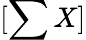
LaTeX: [\sum X]